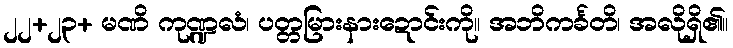
၂၂+၂၃+ မဏိ ကုဏ္ဍလံ၊ ပတ္တမြားနားဍောင်းကို။ အဘိကင်္ခတိ၊ အလိုရှိ၏။